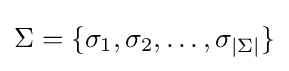
\Sigma =\{\sigma _{1},\sigma _{2},\ldots ,\sigma _{|\Sigma |}\}